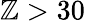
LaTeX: \mathbb{Z}>30